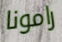
رامونا